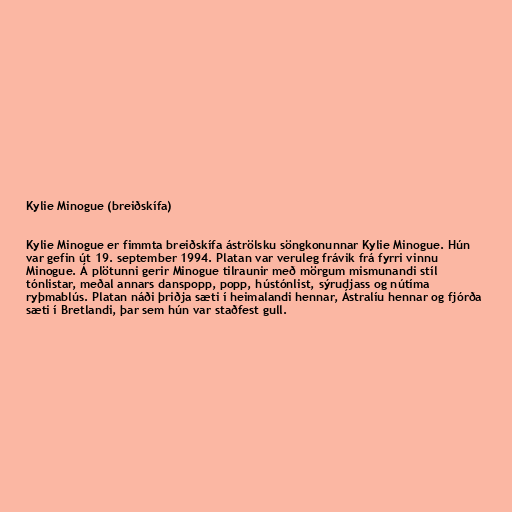
Kylie Minogue (breiðskífa)

Kylie Minogue er fimmta breiðskífa áströlsku söngkonunnar Kylie Minogue. Hún
var gefin út 19. september 1994. Platan var veruleg frávik frá fyrri vinnu
Minogue. Á plötunni gerir Minogue tilraunir með mörgum mismunandi stíl
tónlistar, meðal annars danspopp, popp, hústónlist, sýrudjass og nútíma
ryþmablús. Platan náði þriðja sæti í heimalandi hennar, Ástralíu hennar og fjórða
sæti í Bretlandi, þar sem hún var staðfest gull.